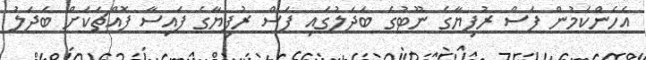
އެހެންކަމުން ފަސް ރުފިޔާގެ ނޫޓުގެ ބަދަލުގައި ފަސް ރުފިޔާގެ ފައިސާ ފޮއްޗަކަށް ބަދަލު